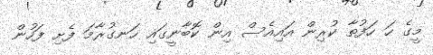
މީގެ ހަ ހަފުތާ ކުރިން އައިއެސް އިން ކޮބާނީގައި ހަނގުރާމަ ފެށި ފަހުން